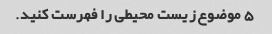
5 موضوع زیست محیطی را فهرست کنید.